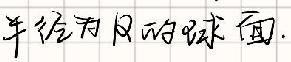
半径为R的球面.